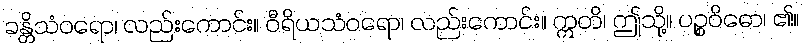
ခန္တိသံဝရော၊ လည်းကောင်း။ ဝီရိယသံဝရော၊ လည်းကောင်း။ ဣတိ၊ ဤသို့။ ပဉ္စဝိဓော၊ ၏။